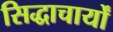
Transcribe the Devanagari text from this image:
सिद्धाचार्यों